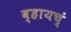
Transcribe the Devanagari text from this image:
व्हायच्ं